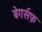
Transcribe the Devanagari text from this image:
बेगर्सफ़